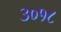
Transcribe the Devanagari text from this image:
३०१८